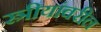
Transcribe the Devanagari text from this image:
स्त्रीयांवरील